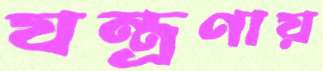
যন্ত্রণায়